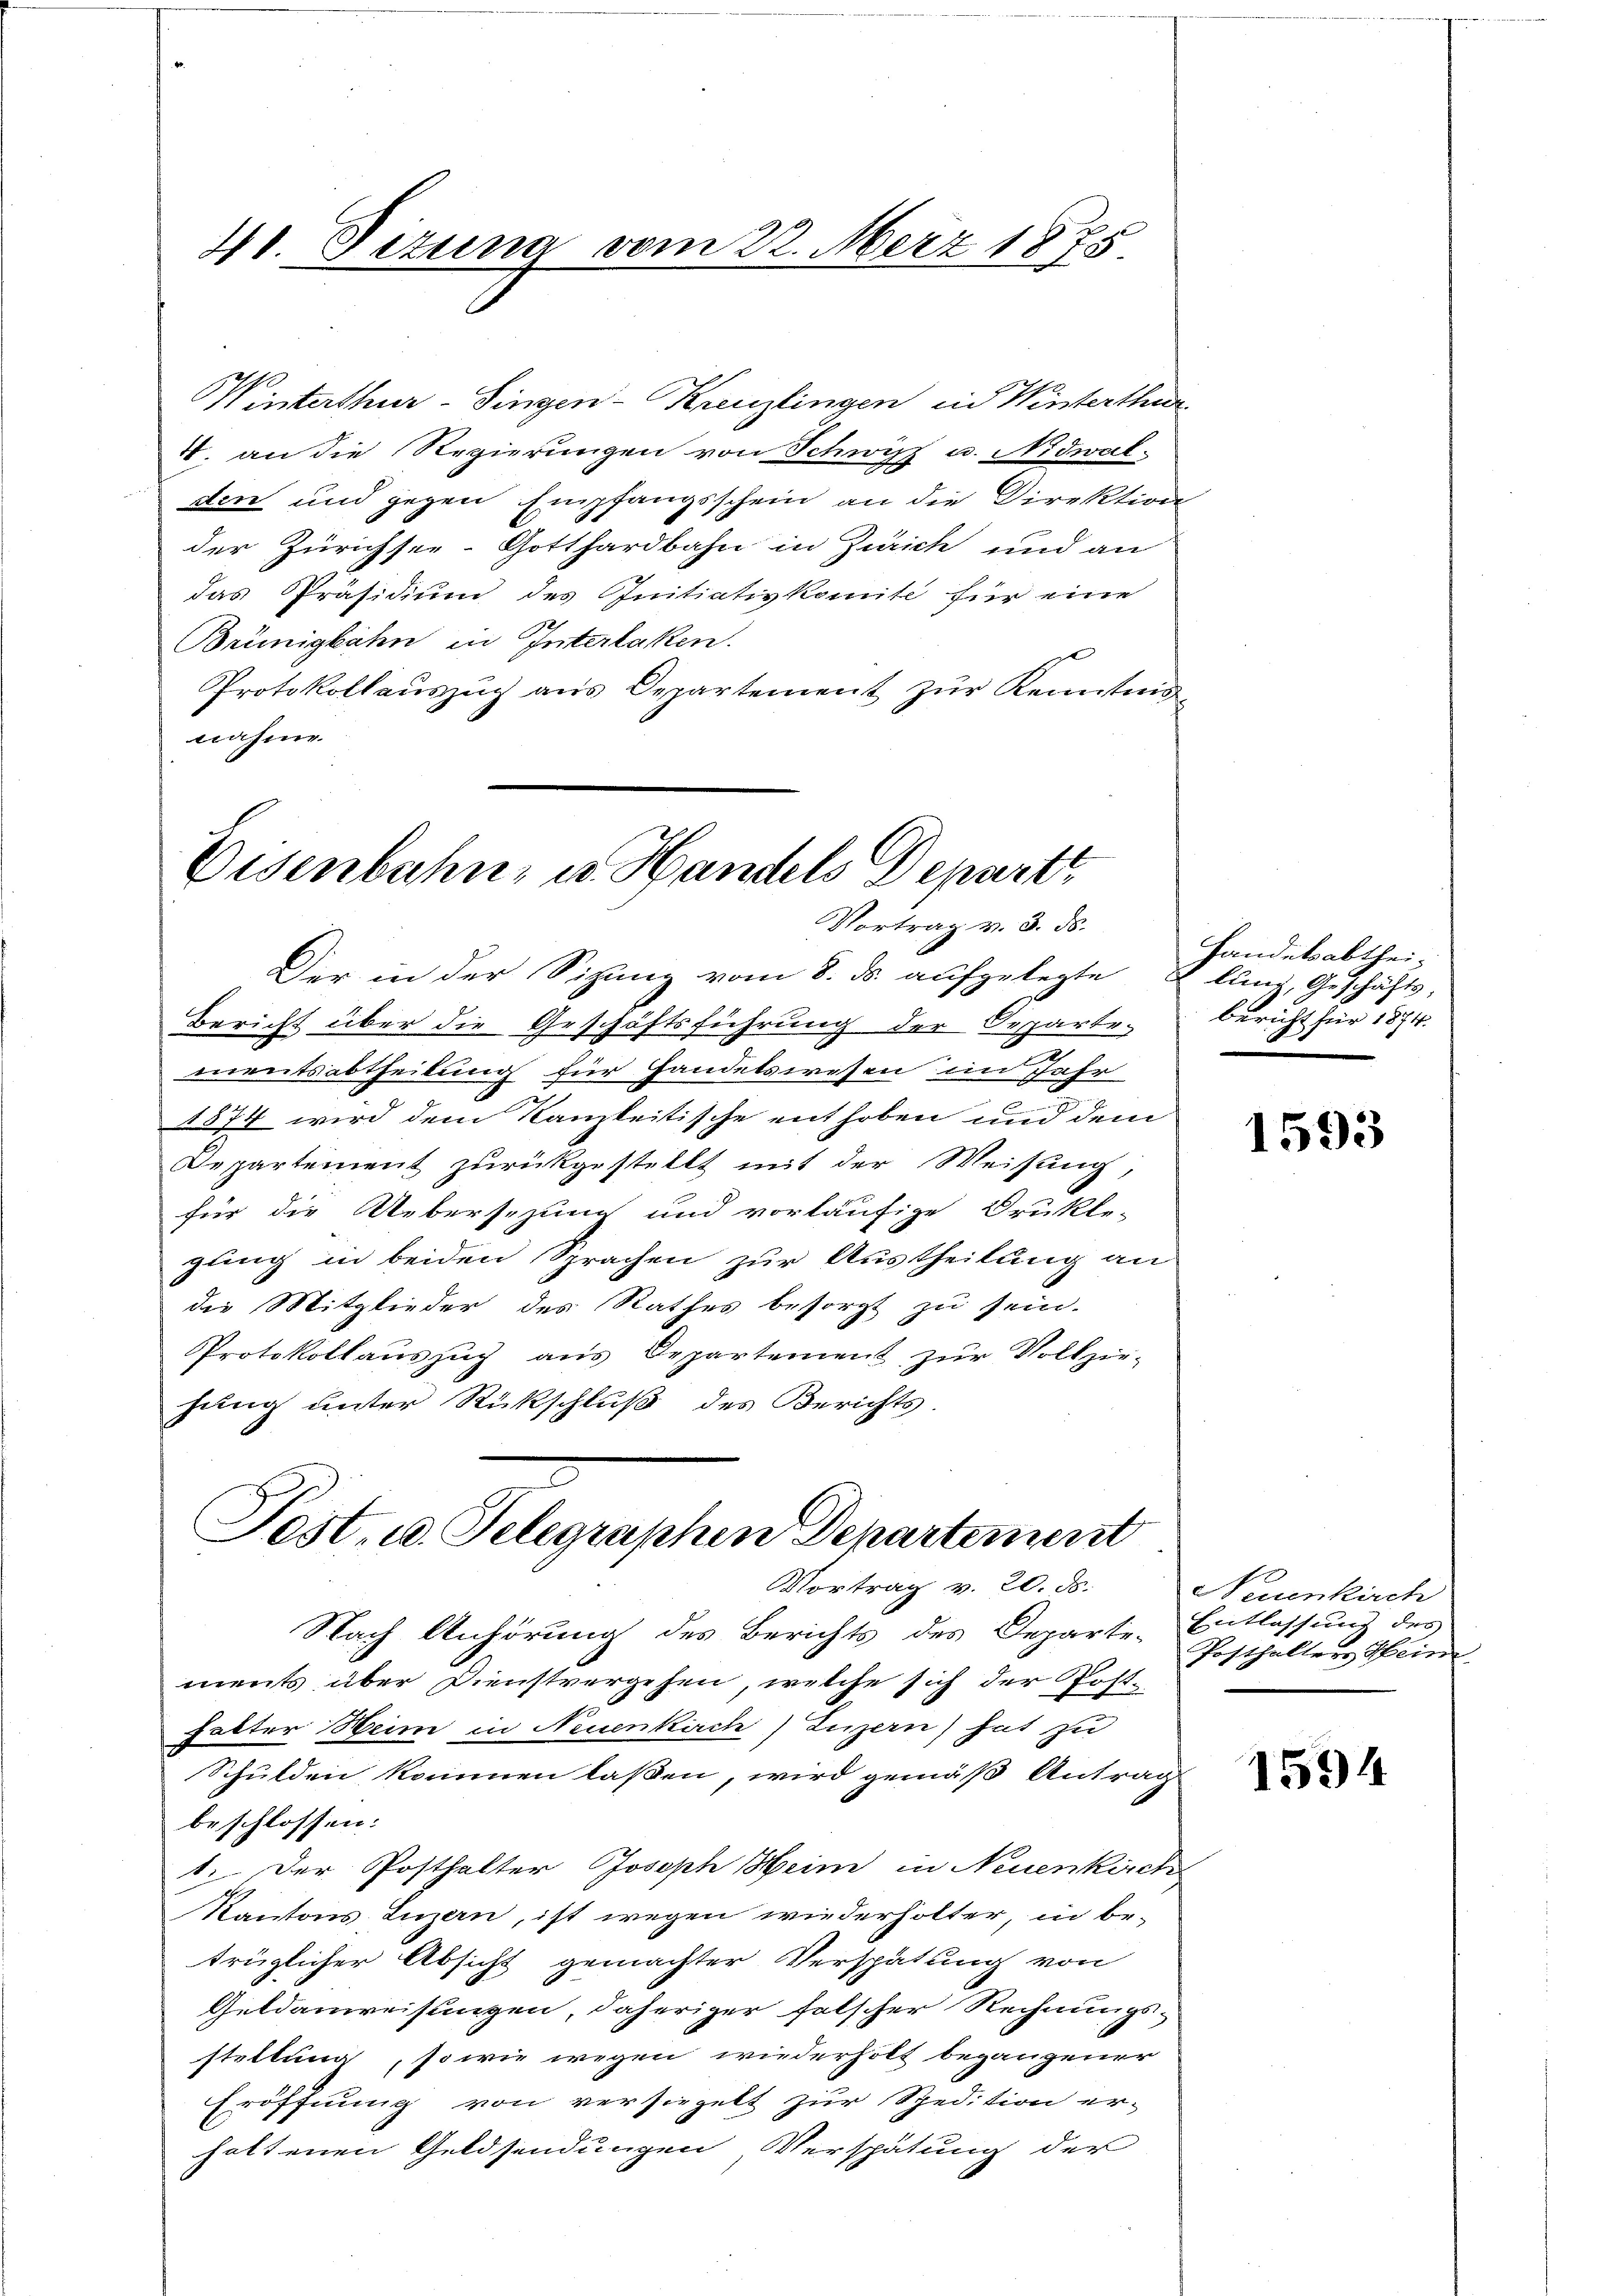
41. Situng vom 22. März 1875

Winterthur–Singen-Kreuzlingen in Winterthur
4. an die Regierungen von Schwitz u. Nidwal
den und gegen Empfangsschein an die Direktion
der Zürichsee-Gotthardbahn in Zürich und an
das Präsidium des Initiativkomite für eine
Brünigkahn in Interlaken.
Protokollaŭszŭg ans Departement zŭr Kenntnis-
nahme

Eisenbahns u. Handels Departt
Vortrag v. 3. ds.

Der in der Sitzung vom 8. ds. aufgelegte
Bericht über die Geschäftsführung der Departe-
mentsabtheilung für Handelswesen im Jahr
E
1874 wird dem Kanzleitische enthoben und dem
Departement zurückgestellt mit der Weisung,
für die Uebersezung und vorläufige Drukle-
gling in beiden Sprachen zur Austheilung an
die Mitglieder des Rathes besorgt zu sein.
Protokollaŭszŭg ans Departement zŭr Vollzie-
hung unter Rückschluß des Berichts-
Nach Anhörung des Berichts des Departe-Entlassung des
ments über Dienstvergehen, welche sich der Posthalter Heim in Neuenkirch) Luzern) hat zu
Schulden kommen laßen, wird gemäß Antrag
beschlossen:
1. Der Posthalter Joseph Heine in Neuenkirche
Kantons Luzern, ist wegen wiederholter, in betrüglicher Absicht gemachter Verspätung von
Geldanweisungen, daheriger falscher Rechnungsstittung, sowie wegen wiederholt begangener
Eröffnung von versiegelt zur Spedition er-
haltenen Geldsendungen Verspätung der

Fest. u. Telegraphen Departement
Vortrag v. 20. ds.

Handelsabtheilung, Geschäfts,
Bericht für 1874.

1593

Neuenkirch
Posthalters Hein

1594